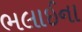
ભલાઈના